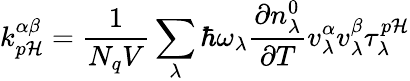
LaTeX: k_{p\mathcal{H}}^{\alpha\beta}=\frac{{1}}{{N_{q}V}}\sum_{\lambda}{\hbar}{\omega_{\lambda}}{\frac{{\partial{n_{\lambda}^{0}}}}{{\partial{T}}}}{v_{\lambda}^{\alpha}}{v_{\lambda}^{\beta}}\tau_{\lambda}^{p\mathcal{H}}